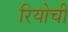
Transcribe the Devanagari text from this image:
रियोची